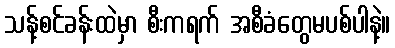
သန့်စင်ခန်းထဲမှာ စီးကရက် အစီခံတွေမပစ်ပါနဲ့။